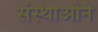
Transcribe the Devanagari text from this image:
संस्थाओने